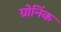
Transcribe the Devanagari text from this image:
ग्रोनिंक